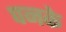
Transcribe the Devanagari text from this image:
पनके